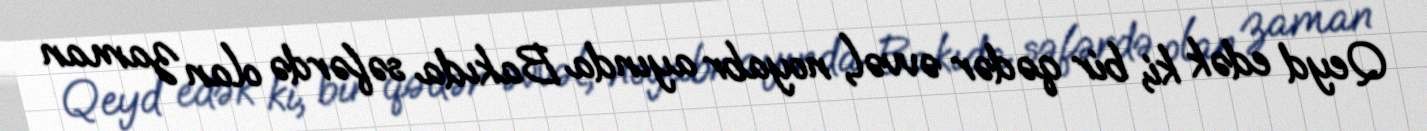
Qeyd edək ki, bir qədər əvvəl, noyabr ayında Bakıda səfərdə olan zaman